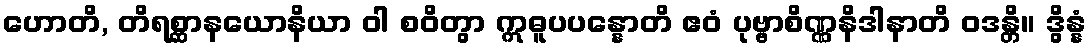
ဟောတိ, တိရစ္ဆာနယောနိယာ ဝါ စဝိတွာ ဣဓူပပန္နောတိ ဧဝံ ပုဗ္ဗာစိဏ္ဏနိဒါနာတိ ဝဒန္တိ။ ဒွိန္နံ